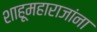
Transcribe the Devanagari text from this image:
शाहूमहाराजांना